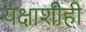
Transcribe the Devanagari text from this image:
यक्षाशीही